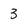
Character: 3